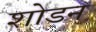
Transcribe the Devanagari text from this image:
शोडन